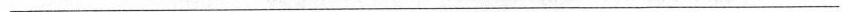
___